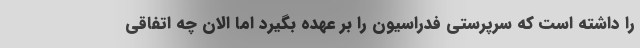
را داشته است که سرپرستی فدراسیون را بر عهده بگیرد اما الان چه اتفاقی